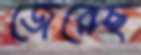
জেরেছ